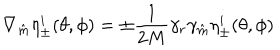
\nabla _ { \hat { m } } \eta _ { \pm } ^ { i } ( \theta , \phi ) = \pm \frac { 1 } { 2 M } \gamma _ { r } \gamma _ { \hat { m } } \eta _ { \pm } ^ { i } ( \theta , \phi )